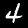
Label: 4